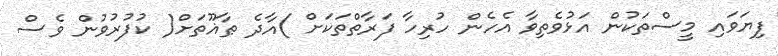
ފިޔަވައި މީސްތަކުން އަޅުވެތިވާ އެހެން ހުރިހާ ފަރާތްތަކަށް )އާދެ ޠާޣޫތަށް( ކުފުރުވުން ވެސް